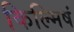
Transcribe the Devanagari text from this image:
किल्मिषं